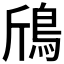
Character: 𱈞